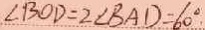
\angle B O D = 2 \angle B A D = 6 0 ^ { \circ } .